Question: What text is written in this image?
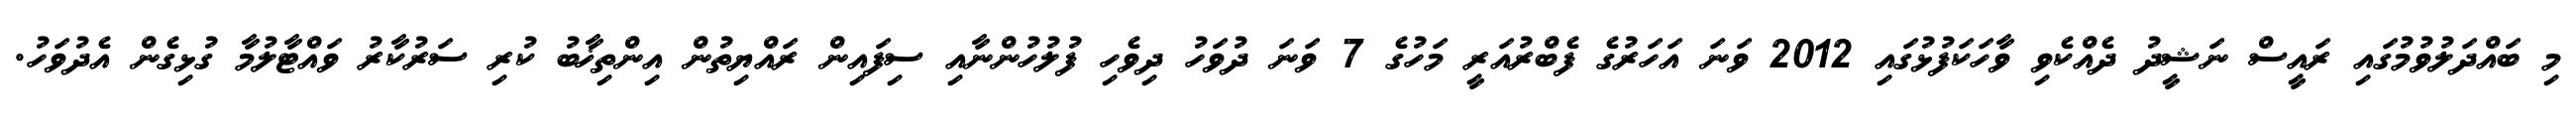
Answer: މި ބައްދަލުވުމުގައި ރައީސް ނަޝީދު ދެއްކެވި ވާހަކަފުޅުގައި 2012 ވަނަ އަހަރުގެ ފެބްރުއަރީ މަހުގެ 7 ވަނަ ދުވަހު ދިވެހި ފުލުހުންނާއި ސިފައިން ރައްޔިތުން އިންތިޚާބު ކުރި ސަރުކާރު ވައްޓާލުމާ ގުޅިގެން އެދުވަހު.